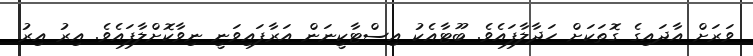
ވަރަށް އާދައިގެ ގޮތަކަށް ހަދާލާފައެވެ. ބޫޓާއެކު އިސްޓާކީނަން އަރާފައިވަނީ ނިވާކޮށްލާފައެވެ. އިރު އިރު